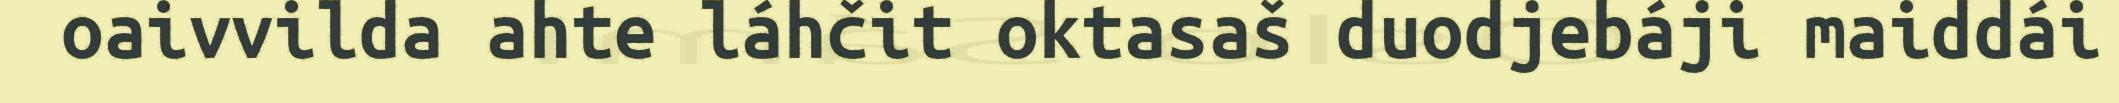
oaivvilda ahte láhčit oktasaš duodjebáji maiddái